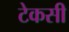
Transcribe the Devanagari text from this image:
टेकसी